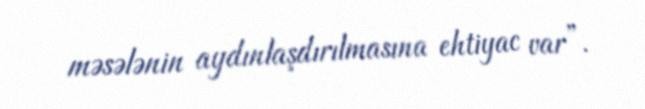
məsələnin aydınlaşdırılmasına ehtiyac var”.